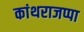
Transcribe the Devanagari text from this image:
कांथराजप्पा